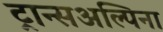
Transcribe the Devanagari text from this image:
ट्रान्सअल्पिना